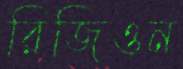
রিজিওন